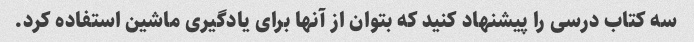
سه کتاب درسی را پیشنهاد کنید که بتوان از آنها برای یادگیری ماشین استفاده کرد.